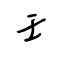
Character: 壬